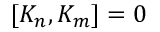
[ K _ { n } , K _ { m } ] = 0